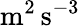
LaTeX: \mathrm{m^{2}\, s^{-3}}